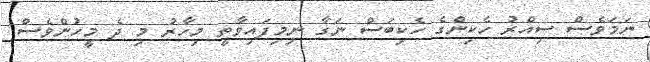
ނަމަވެސް ސިއްރު ހެކިންގެ ހެކިބަސް ނަގާ ނިމިފައިވާތީ މިހާރު މި ދެ މީހުންވެސް